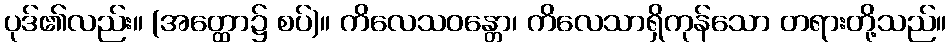
ပုဒ်၏လည်း။ (အတ္ထော၌ စပ်)။ ကိလေသဝန္တော၊ ကိလေသာရှိကုန်သော တရားတို့သည်။